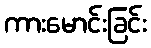
ကားမောင်းခြင်း